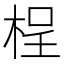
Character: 桯